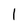
Character: 1